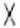
X